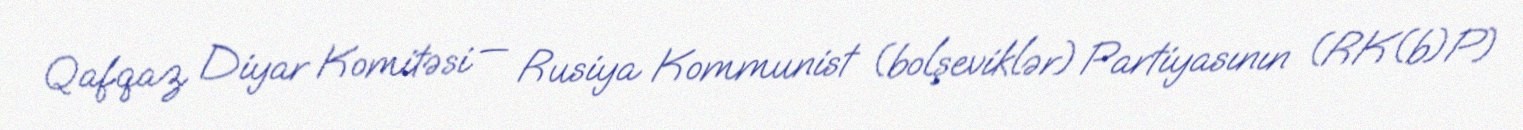
Qafqaz Diyar Komitəsi — Rusiya Kommunist (bolşeviklər) Partiyasının (RK(b)P)